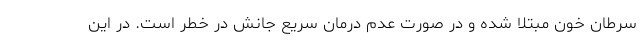
سرطان خون مبتلا شده و در صورت عدم درمان سریع جانش در خطر است. در این